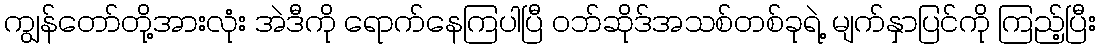
ကျွန်တော်တို့အားလုံး အဲဒီကို ရောက်နေကြပါပြီ ဝဘ်ဆိုဒ်အသစ်တစ်ခုရဲ့ မျက်နှာပြင်ကို ကြည့်ပြီး